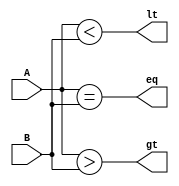
module cmp_16(
  input [15:0] A,
  input [15:0] B,
  output lt,
  output gt,
  output eq
);
  
  assign lt = (A < B);
  assign gt = (A > B);
  assign eq = (A == B);
  
endmodule